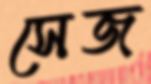
সেজ